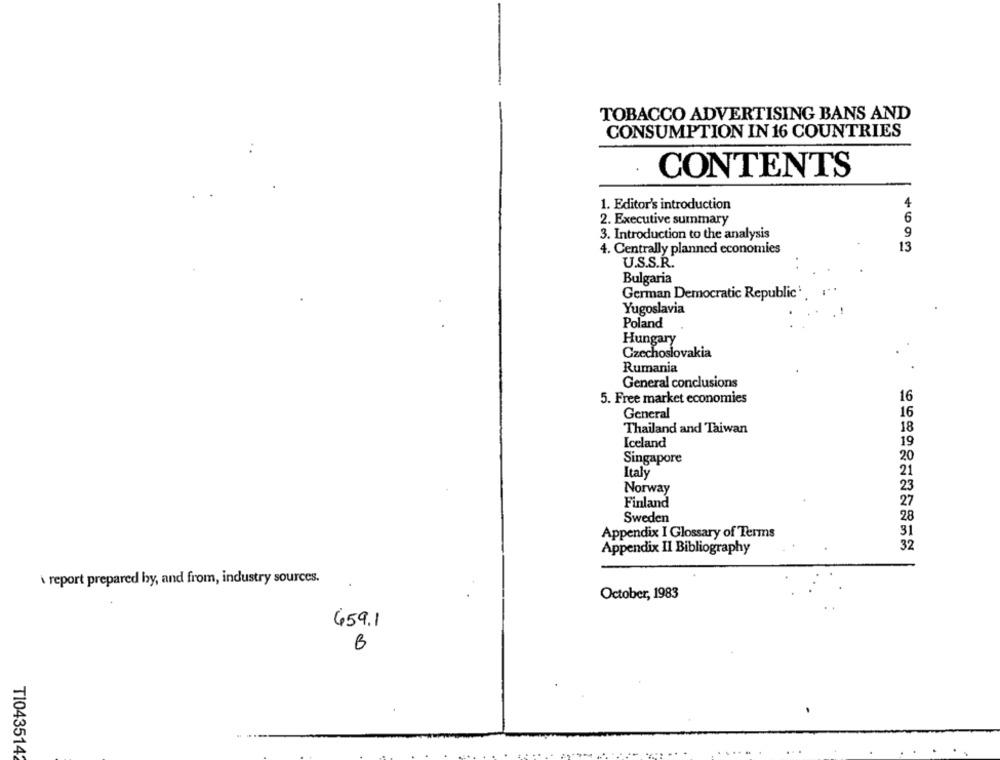
TOBACCO ADVERTISING BANS AND
CONSUMPTION IN 16 COUNTRIES
CONTENTS
1. Editor's introduction
4
2. Executive summary
6
3. Introduction to the analysis
9
4. Centrally planned economies
13
U.S.S.R.
Bulgaria
German Democratic Republic'
Yugoslavia
Poland
Hungary
Czechoslovakia
Rumania
General conclusions
5. Free market economies
16
General
Thailand and Taiwan
18
Iceland
19
20
Singapore
Italy
Norway
Finland
28
Sweden
31
Appendix I Glossary of Terms
32
Appendix Il Bibliography
\ report prepared by, and from, industry sources.
October, 1983
659.1
B
T1043514